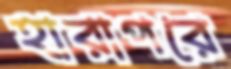
হারাপরে